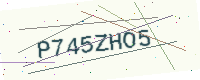
Text: P745ZHO5